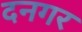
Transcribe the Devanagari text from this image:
दनगर